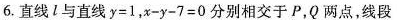
6. 直线 l 与直线 $$y = 1$$，$$x - y - 7 = 0$$ 分别相交于 P，Q 两点，线段